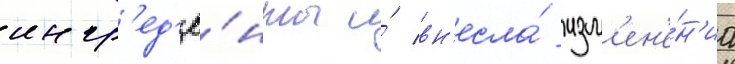
ингр'ед'ие́нты и́ вн'есла́ изм'ен'е́н'иа